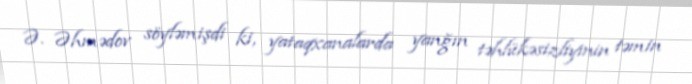
Ə. Əhmədov söyləmişdi ki, yataqxanalarda yanğın təhlükəsizliyinin təmin